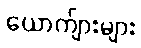
ယောက်ျားများ